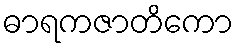
ဓာရကဇာတိကော